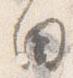
白